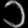
Digit: ၁